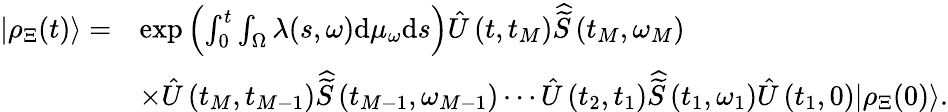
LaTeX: \begin{array}{rl}{|\rho_{\Xi}(t)\rangle=}&{\exp\left(\int_{0}^{t}\int_{\Omega}\lambda(s,\omega)\mathrm{d}\mu_{\omega}\mathrm{d}s\right)\hat{U}\left(t,t_{M}\right)\widehat{\widetilde{S}}\left(t_{M},\omega_{M}\right)}\\ &{\times\hat{U}\left(t_{M},t_{M-1}\right)\widehat{\widetilde{S}}\left(t_{M-1},\omega_{M-1}\right)\cdots\hat{U}\left(t_{2},t_{1}\right)\widehat{\widetilde{S}}\left(t_{1},\omega_{1}\right)\hat{U}\left(t_{1},0\right)|\rho_{\Xi}(0)\rangle.}\end{array}